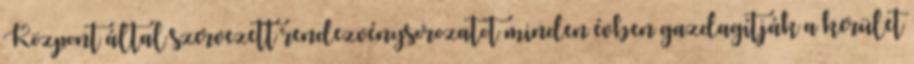
Központ által szervezett rendezvénysorozatot minden évben gazdagítják a kerület